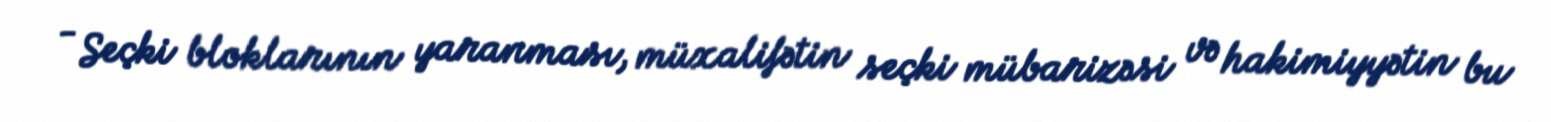
- Seçki bloklarının yaranması, müxalifətin seçki mübarizəsi və hakimiyyətin bu